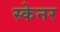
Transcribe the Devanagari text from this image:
स्‍केनर